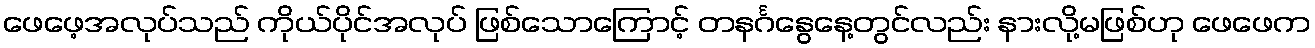
ဖေဖေ့အလုပ်သည် ကိုယ်ပိုင်အလုပ် ဖြစ်သောကြောင့် တနင်္ဂနွေနေ့တွင်လည်း နားလို့မဖြစ်ဟု ဖေဖေက